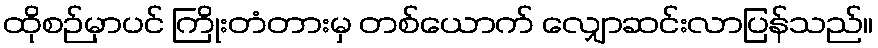
ထိုစဉ်မှာပင် ကြိုးတံတားမှ တစ်ယောက် လျှောဆင်းလာပြန်သည်။